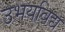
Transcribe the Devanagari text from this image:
उभयविद्य